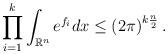
LaTeX: \begin{align*} \prod_{i=1}^k \int_{\mathbb{R}^n} e^{f_i} dx\le \left( 2 \pi \right) ^{k \frac{n}{2}}.\end{align*}